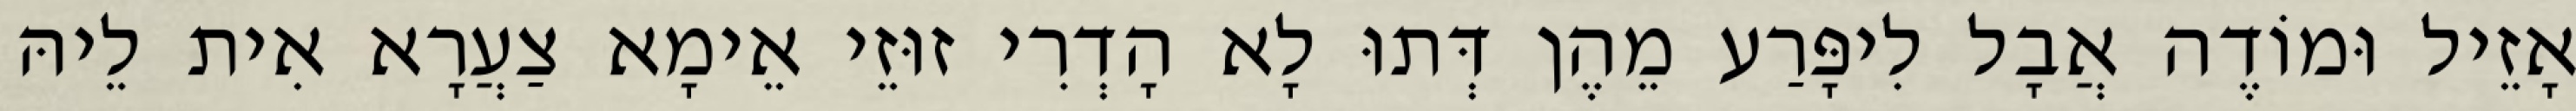
אָזֵיל וּמוֹדֶה אֲבָל לִיפָּרַע מֵהֶן דְּתוּ לָא הָדְרִי זוּזֵי אֵימָא צַעֲרָא אִית לֵיהּ